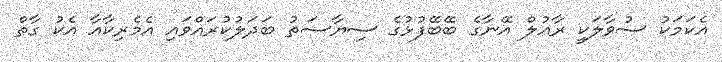
އެކަމަކު ސުވާލަކީ ރާއުލް އޭނާގެ ބޭބޭފުޅުގެ ސިޔާސަތު ބަދަލުކުރައްވައި އެމެރިކާއާ އެކު ގާތް